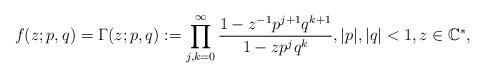
LaTeX: \begin{align*}f(z;p,q)=\Gamma(z;p,q):=\prod_{j,k=0}^\infty\frac{1-z^{-1}p^{j+1}q^{k+1}}{1-zp^{j}q^{k}},|p|, |q|<1,z\in\mathbb{C}^*,\end{align*}